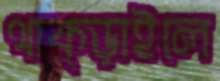
থাক্‌ড়াইলে